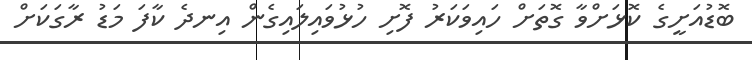
ބޮޑުއަށީގެ ކޮޅަށްވާ ގޮތަށް ހައިވަކަރު ފޮށި ހުޅުވައިލައިގެން އިނދެ ކާފަ މަޑު ރާގަކަށް